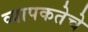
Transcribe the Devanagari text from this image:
व्यापकतेचे